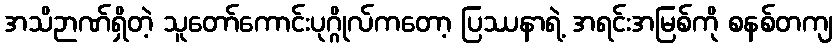
အသိဉာဏ်ရှိတဲ့ သူတော်ကောင်းပုဂ္ဂိုလ်ကတော့ ပြဿနာရဲ့ အရင်းအမြစ်ကို စနစ်တကျ